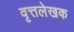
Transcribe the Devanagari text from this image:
वृत्तलेखक